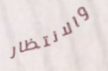
والانتظار